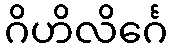
ဂိဟိလိင်္ဂေ